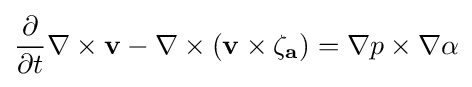
{\frac {\partial }{\partial t}}\nabla \times \mathbf {v} -\nabla \times (\mathbf {v} \times \mathbf {\zeta _{a}} )=\nabla p\times \nabla \alpha